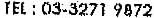
TEL : 03-3271 9872